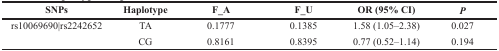
<table><thead><tr><td><b>SNPs</b></td><td><b>Haplotype</b></td><td><b>F_A</b></td><td><b>F_U</b></td><td><b>OR (95% CI)</b></td><td><b><i>P</i></b></td></tr></thead><tbody><tr><td>rs10069690|rs2242652</td><td>TA</td><td>0.1777</td><td>0.1385</td><td>1.58 (1.05–2.38)</td><td>0.027</td></tr><tr><td></td><td>CG</td><td>0.8161</td><td>0.8395</td><td>0.77 (0.52–1.14)</td><td>0.194</td></tr></tbody></table>